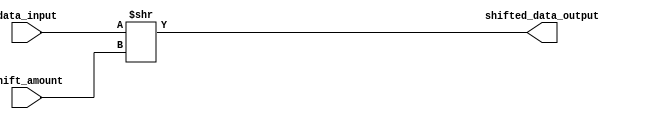
module arithmetic_block (
    input [7:0] data_input,
    input [2:0] shift_amount,
    output reg [7:0] shifted_data_output
);

always @ (*) begin
    shifted_data_output = data_input >> shift_amount;
end

endmodule